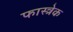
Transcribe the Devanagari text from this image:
फास्त्रेक